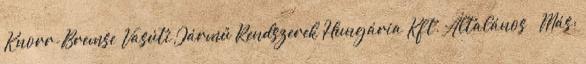
Knorr-Bremse Vasúti Jármű Rendszerek Hungária Kft. Általános Más: